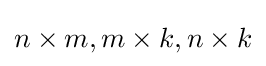
n\times m,m\times k,n\times k